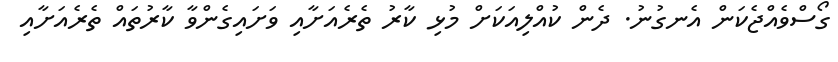
ގޯސްވެއްޖެކަން އެނގުނު. ދެން ކުއްލިއަކަށް މުޅި ކާރު ތެރެއަށާއި ވަށައިގެންވާ ކާރުތައް ތެރެއަށާއި